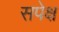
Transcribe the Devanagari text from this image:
सपेक्ष